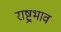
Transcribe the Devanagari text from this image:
राष्ट्रभाव